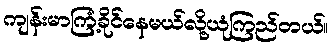
ကျန်းမာကြံ့ခိုင်နေမယ်လို့ယုံကြည်တယ်။